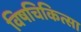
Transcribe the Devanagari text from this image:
विषचिकित्सा